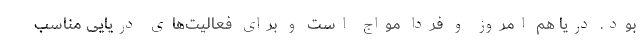
بود. دریا هم امروز و فردا مواج است و برای فعالیت‌های دریایی مناسب